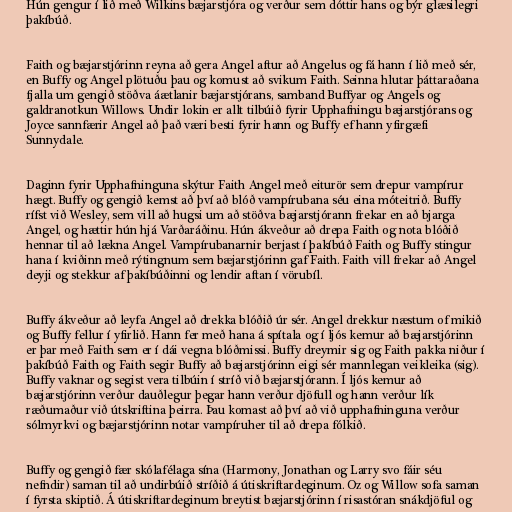
Hún gengur í lið með Wilkins bæjarstjóra og verður sem dóttir hans og býr glæsilegri
þakíbúð.

Faith og bæjarstjórinn reyna að gera Angel aftur að Angelus og fá hann í lið með sér,
en Buffy og Angel plötuðu þau og komust að svikum Faith. Seinna hlutar þáttaraðana
fjalla um gengið stöðva áætlanir bæjarstjórans, samband Buffyar og Angels og
galdranotkun Willows. Undir lokin er allt tilbúið fyrir Upphafningu bæjarstjórans og
Joyce sannfærir Angel að það væri besti fyrir hann og Buffy ef hann yfirgæfi
Sunnydale.

Daginn fyrir Upphafninguna skýtur Faith Angel með eiturör sem drepur vampírur
hægt. Buffy og gengið kemst að því að blóð vampírubana séu eina móteitrið. Buffy
rífst við Wesley, sem vill að hugsi um að stöðva bæjarstjórann frekar en að bjarga
Angel, og hættir hún hjá Varðaráðinu. Hún ákveður að drepa Faith og nota blóðið
hennar til að lækna Angel. Vampírubanarnir berjast í þakíbúð Faith og Buffy stingur
hana í kviðinn með rýtingnum sem bæjarstjórinn gaf Faith. Faith vill frekar að Angel
deyji og stekkur af þakíbúðinni og lendir aftan í vörubíl.

Buffy ákveður að leyfa Angel að drekka blóðið úr sér. Angel drekkur næstum of mikið
og Buffy fellur í yfirlið. Hann fer með hana á spítala og í ljós kemur að bæjarstjórinn
er þar með Faith sem er í dái vegna blóðmissi. Buffy dreymir sig og Faith pakka niður í
þakíbúð Faith og Faith segir Buffy að bæjarstjórinn eigi sér mannlegan veikleika (sig).
Buffy vaknar og segist vera tilbúin í stríð við bæjarstjórann. Í ljós kemur að
bæjarstjórinn verður dauðlegur þegar hann verður djöfull og hann verður lík
ræðumaður við útskriftina þeirra. Þau komast að því að við upphafninguna verður
sólmyrkvi og bæjarstjórinn notar vampíruher til að drepa fólkið.

Buffy og gengið fær skólafélaga sína (Harmony, Jonathan og Larry svo fáir séu
nefndir) saman til að undirbúið stríðið á útiskriftardeginum. Oz og Willow sofa saman
í fyrsta skiptið. Á útiskriftardeginum breytist bæjarstjórinn í risastóran snákdjöful og